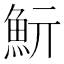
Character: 𩵧